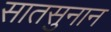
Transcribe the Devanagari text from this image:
सातसुनान